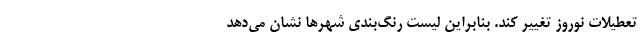
تعطیلات نوروز تغییر کند. بنابراین لیست رنگ‌بندی شهرها نشان می‌دهد